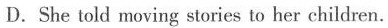
D.She told moving stories to her children.